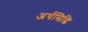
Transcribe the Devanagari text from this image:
अर्थसिद्धि